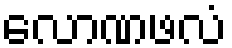
လောဏဖလံ